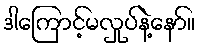
ဒါကြောင့်မလှုပ်နဲ့နော်။